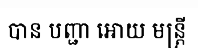
បាន បញ្ជា អោយ មន្ត្រី